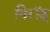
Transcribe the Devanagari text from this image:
गिरॉड्